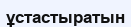
ұстастыратын